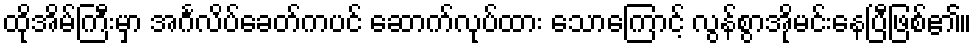
ထိုအိမ်ကြီးမှာ အင်္ဂလိပ်ခေတ်ကပင် ဆောက်လုပ်ထား သောကြောင့် လွန်စွာအိုမင်းနေပြီဖြစ်၏။